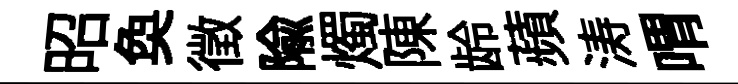
昭奐徴隃燭陳龄蘋涛喟